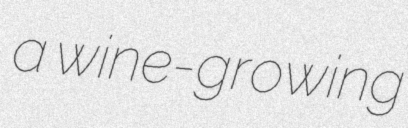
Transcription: a wine-growing